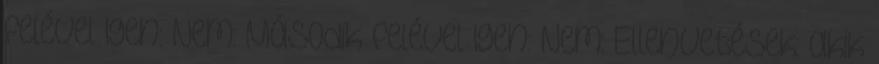
felével Igen: Nem: Második felével Igen: Nem: Ellenvetések: akik